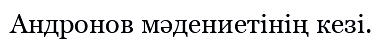
Андронов мәдениетінің кезі.